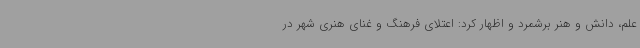
علم، دانش و هنر برشمرد و اظهار کرد: اعتلای فرهنگ و غنای هنری شهر در